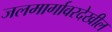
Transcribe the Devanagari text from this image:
जलमार्गावरदेखील